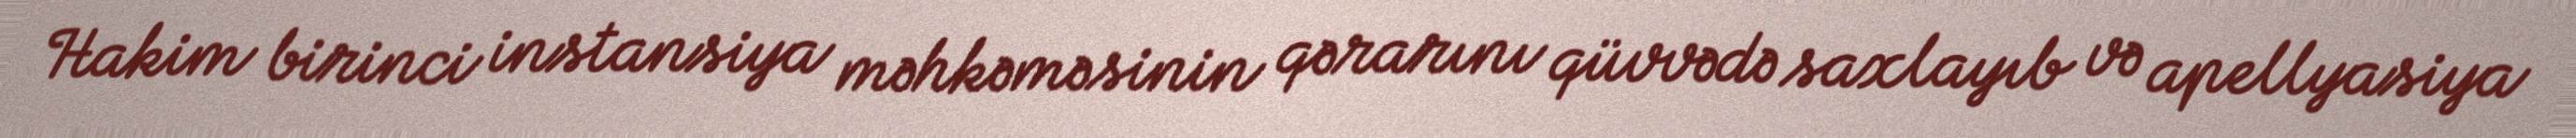
Hakim birinci instansiya məhkəməsinin qərarını qüvvədə saxlayıb və apellyasiya